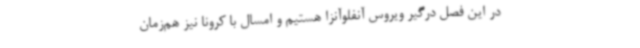
در این فصل درگیر ویروس آنفلوآنزا هستیم و امسال با کرونا نیز هم‌زمان